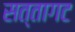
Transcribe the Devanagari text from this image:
सत्तागट